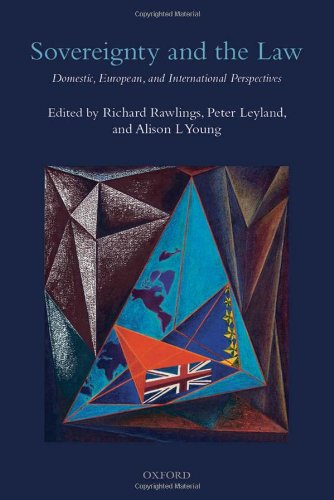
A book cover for Sovereignty and the Law: Domestic, European and International Perspectives; Richard Rawlings; Law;